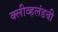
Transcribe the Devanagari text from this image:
क्लीव्हलंडची